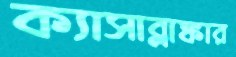
ক্যাসাব্লাঙ্কার